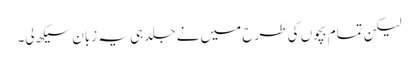
لیکن تمام بچوں کی طرح میں نے جلد ہی یہ زبان سیکھ لی۔